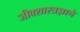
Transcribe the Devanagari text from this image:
जीवशास्त्रज्ञाने